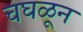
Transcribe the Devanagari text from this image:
चघळून